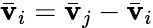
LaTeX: \bar{\mathbf{v}}_{i}=\bar{\mathbf{v}}_{j}-\bar{\mathbf{v}}_{i}